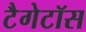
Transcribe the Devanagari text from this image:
टैगेटॉस